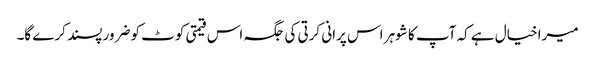
میرا خیال ہے کہ آپ کا شوہر اس پرانی کرتی کی جگہ اس قیمتی کوٹ کو ضرور پسند کرے گا۔